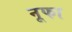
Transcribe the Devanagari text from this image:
नूफा